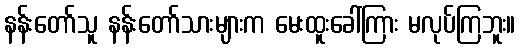
နန်းတော်သူ နန်းတော်သားများက မေးထူးခေါ်ကြား မလုပ်ကြဘူး။